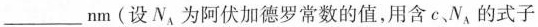
___nm(设N_{A}为阿伏加德罗常数的值，用含c、N_{A}的式子